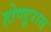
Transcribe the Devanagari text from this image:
होण्डूरास